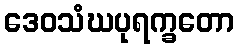
ဒေဝသံဃပုရက္ခတော